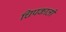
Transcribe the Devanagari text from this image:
चिपकाती